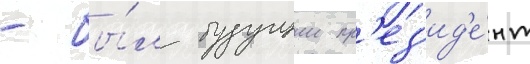
- бы́л будущии пр'ез'ид'е́нт